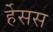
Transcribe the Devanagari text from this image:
र्हेसस